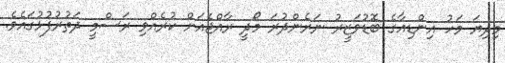
މިދިޔަ މަހު އިންޑިއާގެ ބޮޑުވަޒީރު ނަރެންދުރަ މޯދީ ރާއްޖެއަށް ކުރެއްވި ރަސްމީ ދަތުުރުފުޅުގައެވެ.